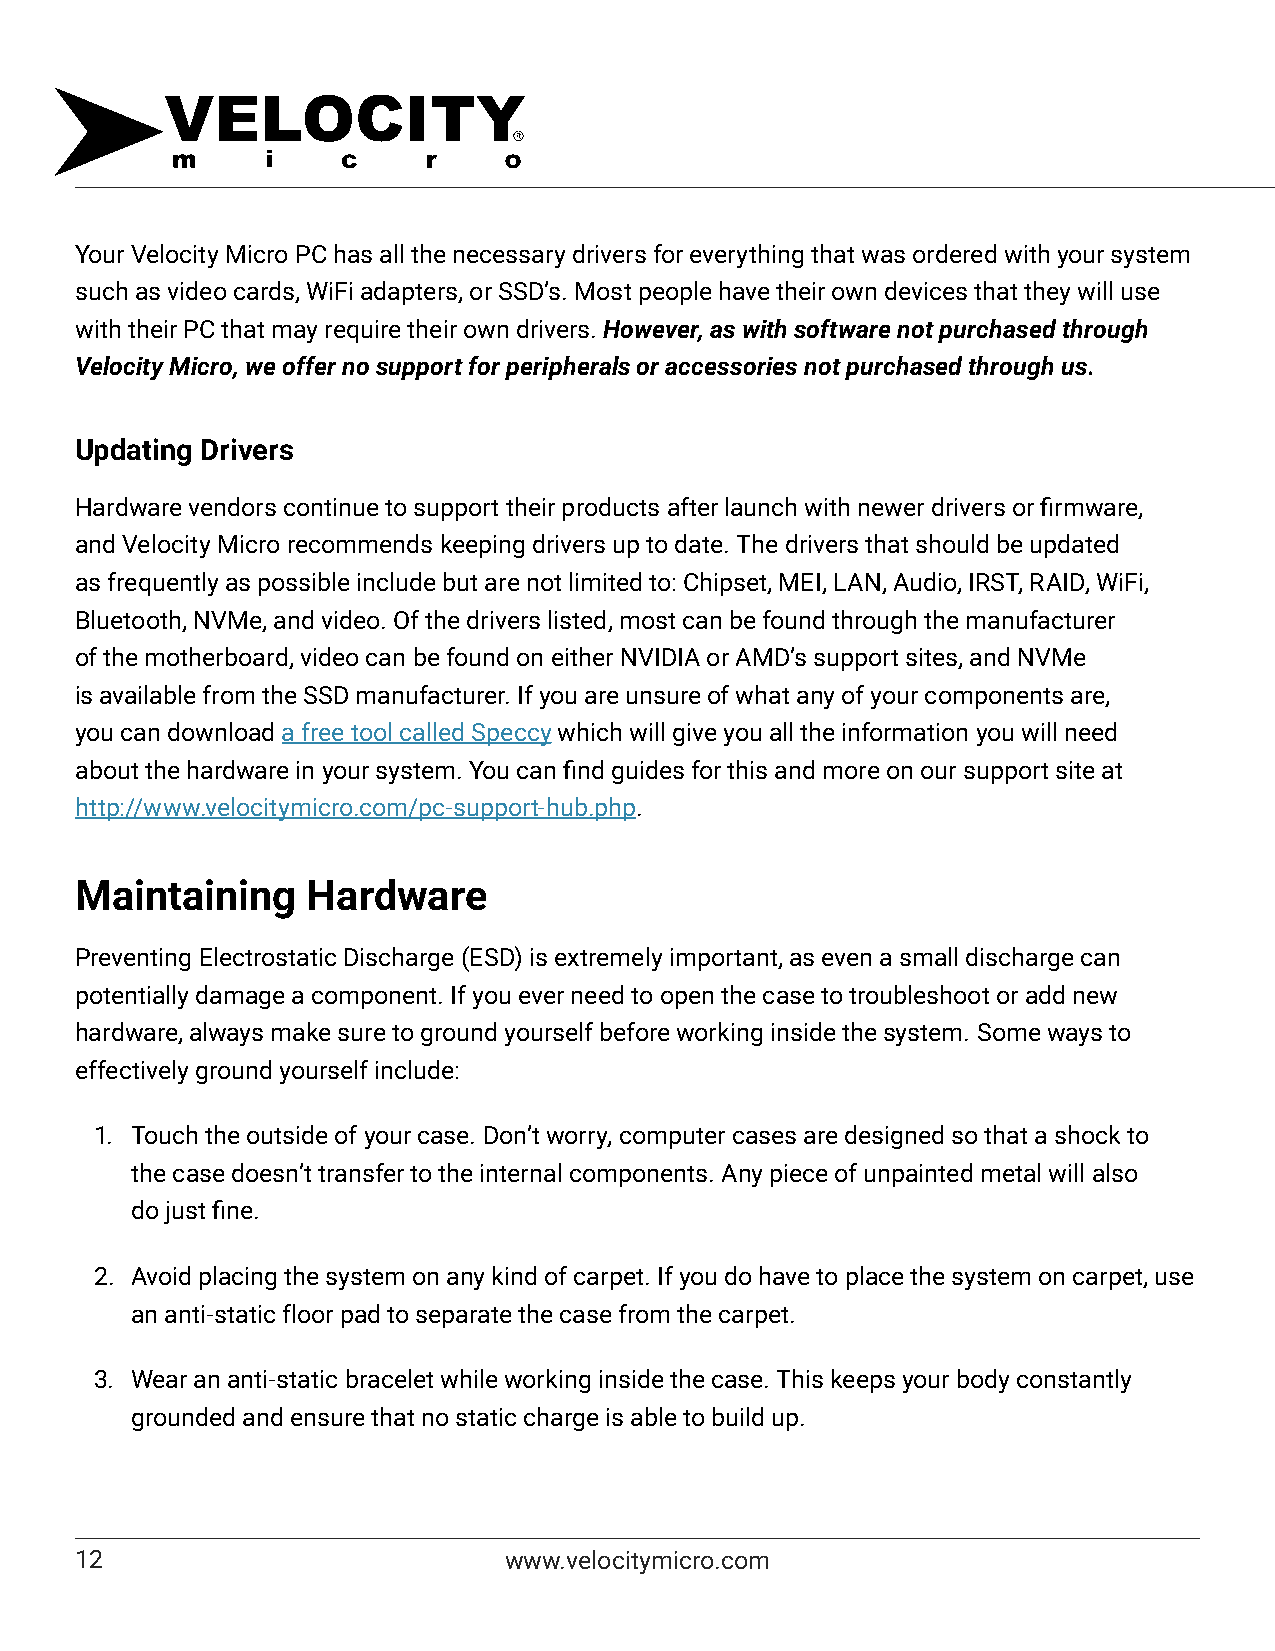
Your Velocity Micro PC has all the necessary drivers for everything that was ordered with your system
 such as video cards, WiFi adapters, or SSD’s. Most people have their own devices that they will use
 with their PC that may require their own drivers. However, as with software not purchased through
 Velocity Micro, we offer no support for peripherals or accessories not purchased through us.
 Updating Drivers
 Hardware vendors continue to support their products after launch with newer drivers or firmware,
 and Velocity Micro recommends keeping drivers up to date. The drivers that should be updated
 as frequently as possible include but are not limited to: Chipset, MEI, LAN, Audio, IRST, RAID, WiFi,
 Bluetooth, NVMe, and video. Of the drivers listed, most can be found through the manufacturer
 of the motherboard, video can be found on either NVIDIA or AMD’s support sites, and NVMe
 is available from the SSD manufacturer. If you are unsure of what any of your components are,
 you can download a free tool called Speccy which will give you all the information you will need
 about the hardware in your system. You can find guides for this and more on our support site at
 http://www.velocitymicro.com/pc-support-hub.php.
 Maintaining    Hardware
 Preventing Electrostatic Discharge (ESD) is extremely important, as even a small discharge can
 potentially damage a component. If you ever need to open the case to troubleshoot or add new
 hardware, always make sure to ground yourself before working inside the system. Some ways to
 effectively ground yourself include:
 1. Touch the outside of your case. Don’t worry, computer cases are designed so that a shock to
 the case doesn’t transfer to the internal components. Any piece of unpainted metal will also
 do just fine.
 2. Avoid placing the system on any kind of carpet. If you do have to place the system on carpet, use
 an anti-static floor pad to separate the case from the carpet.
 3. Wear an anti-static bracelet while working inside the case. This keeps your body constantly
 grounded and ensure that no static charge is able to build up.
 12                          www.velocitymicro.com